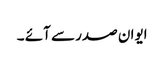
ایوان صدر سے آئے ۔